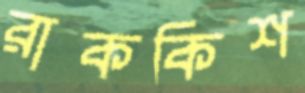
রাককিশ